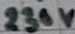
Text: 230V